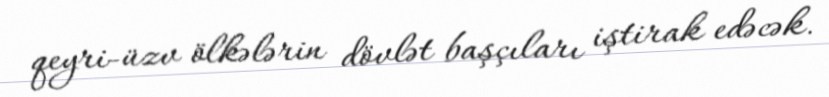
qeyri-üzv ölkələrin dövlət başçıları iştirak edəcək.